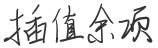
插值余项